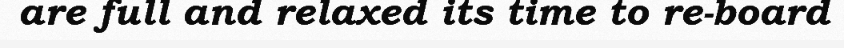
are full and relaxed its time to re-board